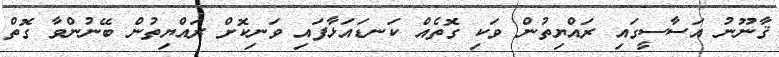
ޤާނޫނު އަސާސީގައި ރައްޔިތުން ވަކި ގޮތެއް ކަނޑައަޅާފައި ވަނިކޮށް ރައްޔިތުން ބޭނުންވާ ގޮތް